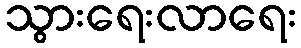
သွားရေးလာရေး